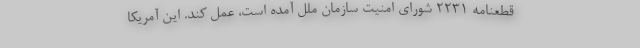
قطعنامه ۲۲۳۱ شورای امنیت سازمان ملل آمده است، عمل کند. این آمریکا